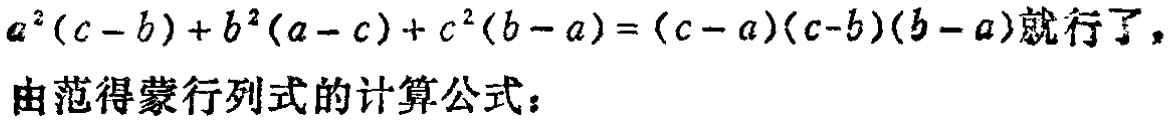
\(a^{2}(c - b)+b^{2}(a - c)+c^{2}(b - a)=(c - a)(c - b)(b - a)就行了，\)

\(由范得蒙行列式的计算公式：\)